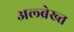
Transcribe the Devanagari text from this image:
अल्ब्रेख्त